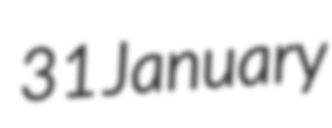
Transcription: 31 January